画像に写った文字を読んでください
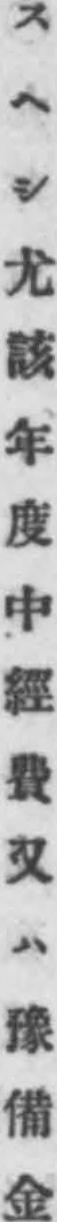
「スヘシ尤該年度中經費又ハ豫備金」と書いてあります